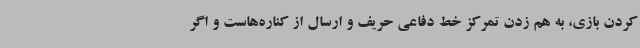
کردن بازی، به هم زدن تمرکز خط دفاعی حریف و ارسال از کناره‌هاست و اگر